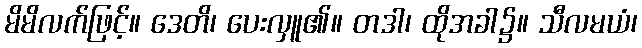
မိမိလက်ဖြင့်။ ဒေတိ၊ ပေးလှူ၏။ တဒါ၊ ထိုအခါ၌။ သီလမယံ၊